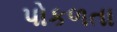
પોકળતા